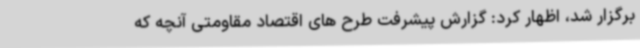
برگزار شد، اظهار کرد: گزارش پیشرفت طرح های اقتصاد مقاومتی آنچه که